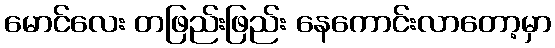
မောင်လေး တဖြည်းဖြည်း နေကောင်းလာတော့မှာ